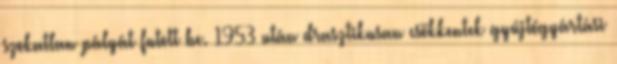
szokatlan pályát futott be. 1953 után drasztikusan csökkentek gyújtógyártási